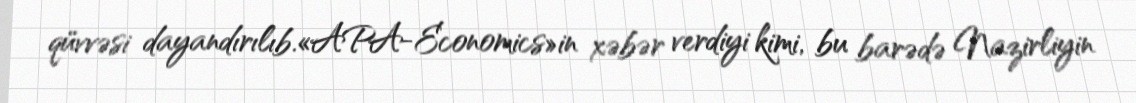
qüvvəsi dayandırılıb.«APA-Economics»in xəbər verdiyi kimi, bu barədə Nazirliyin